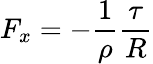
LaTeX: F_{x}=-{\frac{1}{\rho}}{\frac{\tau}{R}}